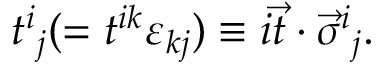
t ^ { i } { } _ { j } ( = t ^ { i k } \varepsilon _ { k j } ) \equiv i \vec { t } \cdot \vec { \sigma } ^ { i } { } _ { j } .